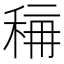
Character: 𱶈